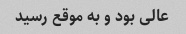
عالى بود و به موقع رسید